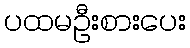
ပထမဦးစားပေး